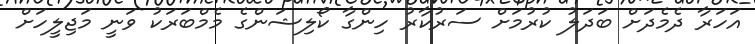
އަހަރާ ދެމެދަށް ބަދަލު ކުރުމަށް ސަރުކާރު ހިންގާ ކޯލިޝަންގެ މެމްބަރަކު ވަނީ މަޖިލީހަށް